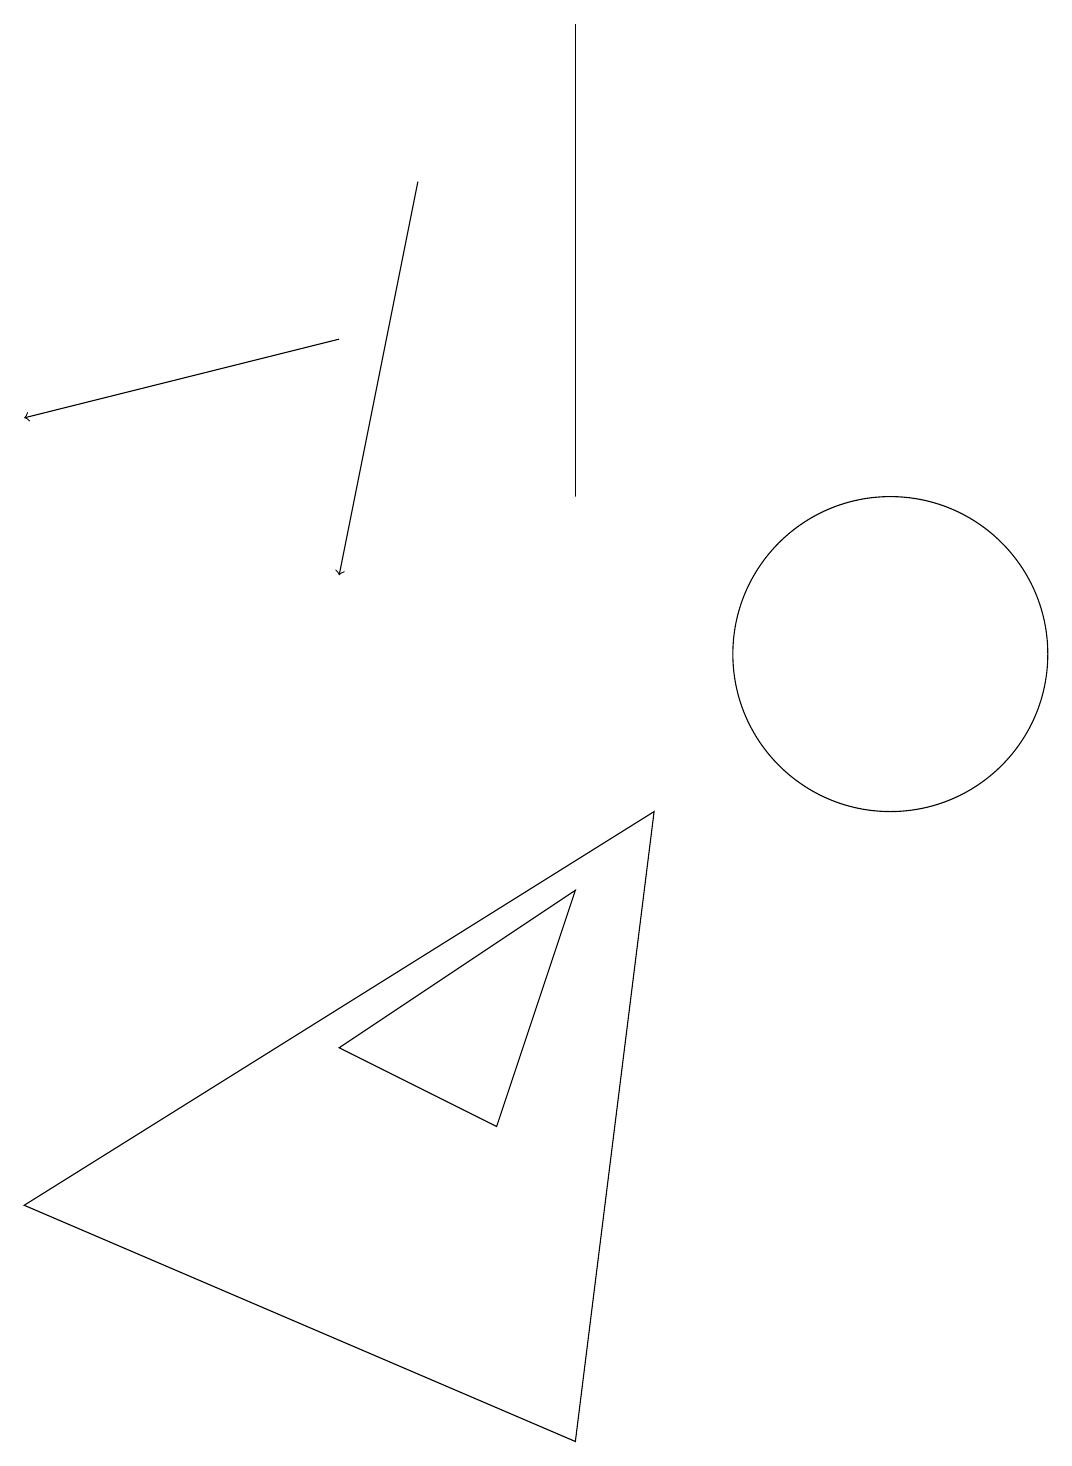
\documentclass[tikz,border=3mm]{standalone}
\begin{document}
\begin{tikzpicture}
\draw[->] (6,16) -- (5,11);
\draw (8,0) -- (1,3) -- (9,8) -- cycle;
\draw[->] (5,14) -- (1,13);
\draw (8,12) rectangle (8,18);
\draw (8,7) -- (7,4) -- (5,5) -- cycle;
\draw (12,10) circle (2);
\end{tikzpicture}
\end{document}